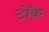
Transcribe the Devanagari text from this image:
टोँक